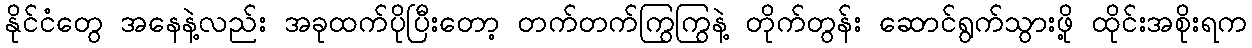
နိုင်ငံတွေ အနေနဲ့လည်း အခုထက်ပိုပြီးတော့ တက်တက်ကြွကြွနဲ့ တိုက်တွန်း ဆောင်ရွက်သွားဖို့ ထိုင်းအစိုးရက